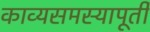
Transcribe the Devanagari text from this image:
काव्यसमस्यापूर्ती